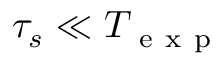
\tau _ { s } \ll T _ { \mathrm { ~ e ~ x ~ p ~ } }